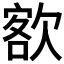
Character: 𣣟